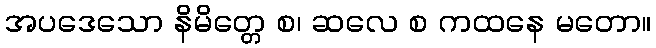
အပဒေသော နိမိတ္တေ စ၊ ဆလေ စ ကထနေ မတော။